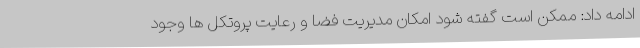
ادامه داد: ممکن است گفته شود امکان مدیریت فضا و رعایت پروتکل ها وجود